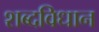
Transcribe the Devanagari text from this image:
शब्दविधान